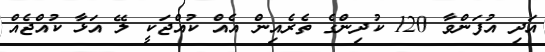
އަދި އުފަންވާ 120 ކުދިންގެ ތެރެއިން އެއް ކުއްޖަކީ ލޭ އަޅާ ކުއްޖެއް